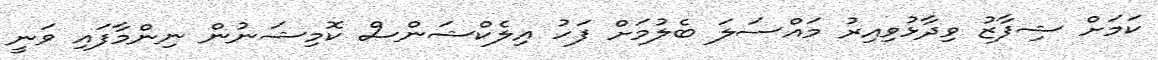
ކަމަށް ޝިފާޒު ވިދާޅުވިއިރު މައްސަލަ ބެލުމަށް ފަހު އިލެކްޝަންސް ކޮމިޝަނުން ނިންމާފައި ވަނީ